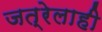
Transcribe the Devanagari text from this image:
जत्रेलाही